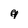
Character: g